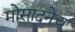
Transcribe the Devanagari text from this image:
मोसादनेच